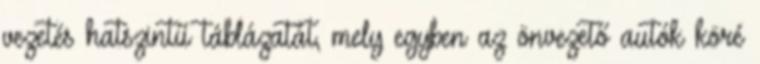
vezetés hatszintű táblázatát, mely egyben az önvezető autók köré